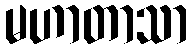
မဟာတာသာ